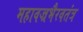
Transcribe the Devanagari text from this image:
महावज्रभैरवतंत्र